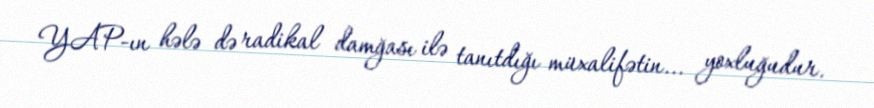
YAP-ın hələ də radikal damğası ilə tanıtdığı müxalifətin... yoxluğudur.